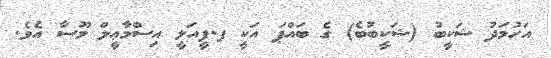
އަހުމަދު ޝަކީބު (ޝަކީބުބެ) ގެ ބައްޕަ އަކީ ފ.ފީއަލީ އިސްމާޢީލް މޫސާ އެވެ.